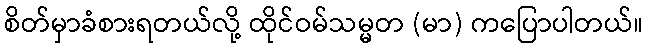
စိတ်မှာခံစားရတယ်လို့ ထိုင်ဝမ်သမ္မတ (မာ) ကပြောပါတယ်။